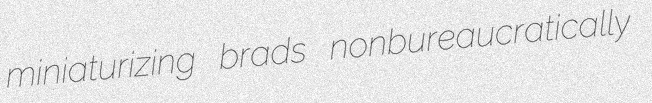
miniaturizing brads nonbureaucratically